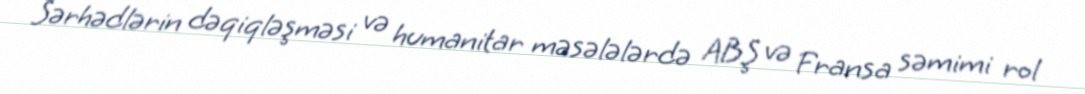
Sərhədlərin dəqiqləşməsi və humanitar məsələlərdə ABŞ və Fransa səmimi rol